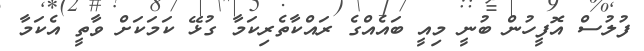
ފުލުސް އޮފީހުން ބުނީ މިއީ ބައެއްގެ ރައްކާތެރިކަމާ ގުޅޭ ކަމަކަށް ވާތީ އެކަމާ